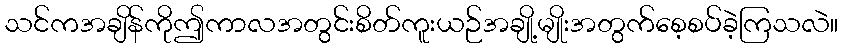
သင်ကအချိန်ကိုဤကာလအတွင်းစိတ်ကူးယဉ်အချို့မျိုးအတွက်စေ့စပ်ခဲ့ကြသလဲ။